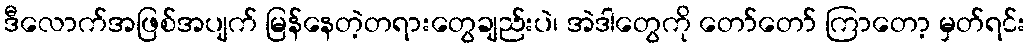
ဒီလောက်အဖြစ်အပျက် မြန်နေတဲ့တရားတွေချည်းပဲ၊ အဲဒါတွေကို တော်တော် ကြာတော့ မှတ်ရင်း